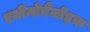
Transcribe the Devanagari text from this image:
एमीनोबैंजोइक